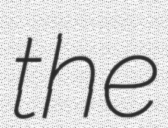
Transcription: the